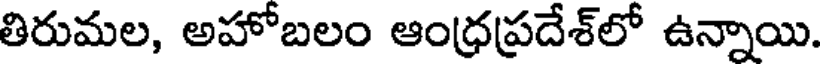
తిరుమల, అహోబలం ఆంధ్రప్రదేశ్లో ఉన్నాయి.